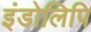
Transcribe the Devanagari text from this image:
इंडोलिपि